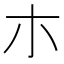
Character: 朩